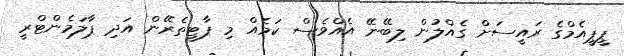
ޕީޕީއެމްގެ ރައީސަށް ގެއްލުން ލިބޭނޭ އެއްވެސް ކަމެއް މި ޕާޓީތެރޭން އަދި ޕާލަމެންޓްރީ